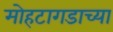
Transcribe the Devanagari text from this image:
मोहटागडाच्या